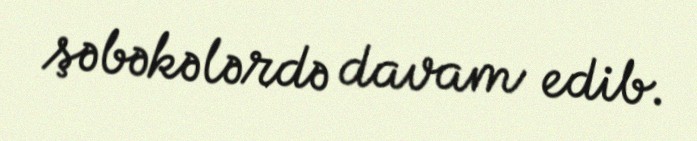
şəbəkələrdə davam edib.